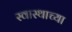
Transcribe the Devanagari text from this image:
स्वास्थाच्या